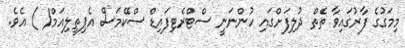
މިމަގުގެ ފާރުގައިވާ ތެތް ދުލިފަށްގައި ހުންނަނީ ސްޓްރެޓިފައިޑް ސްކޭމަސް އެޕިތީލިއަމް( ) އެވެ.